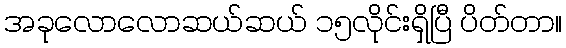
အခုလောလောဆယ်ဆယ် ၁၅လိုင်းရှိပြီ ပိတ်တာ။